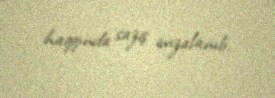
haqqında saziş imzalanıb.